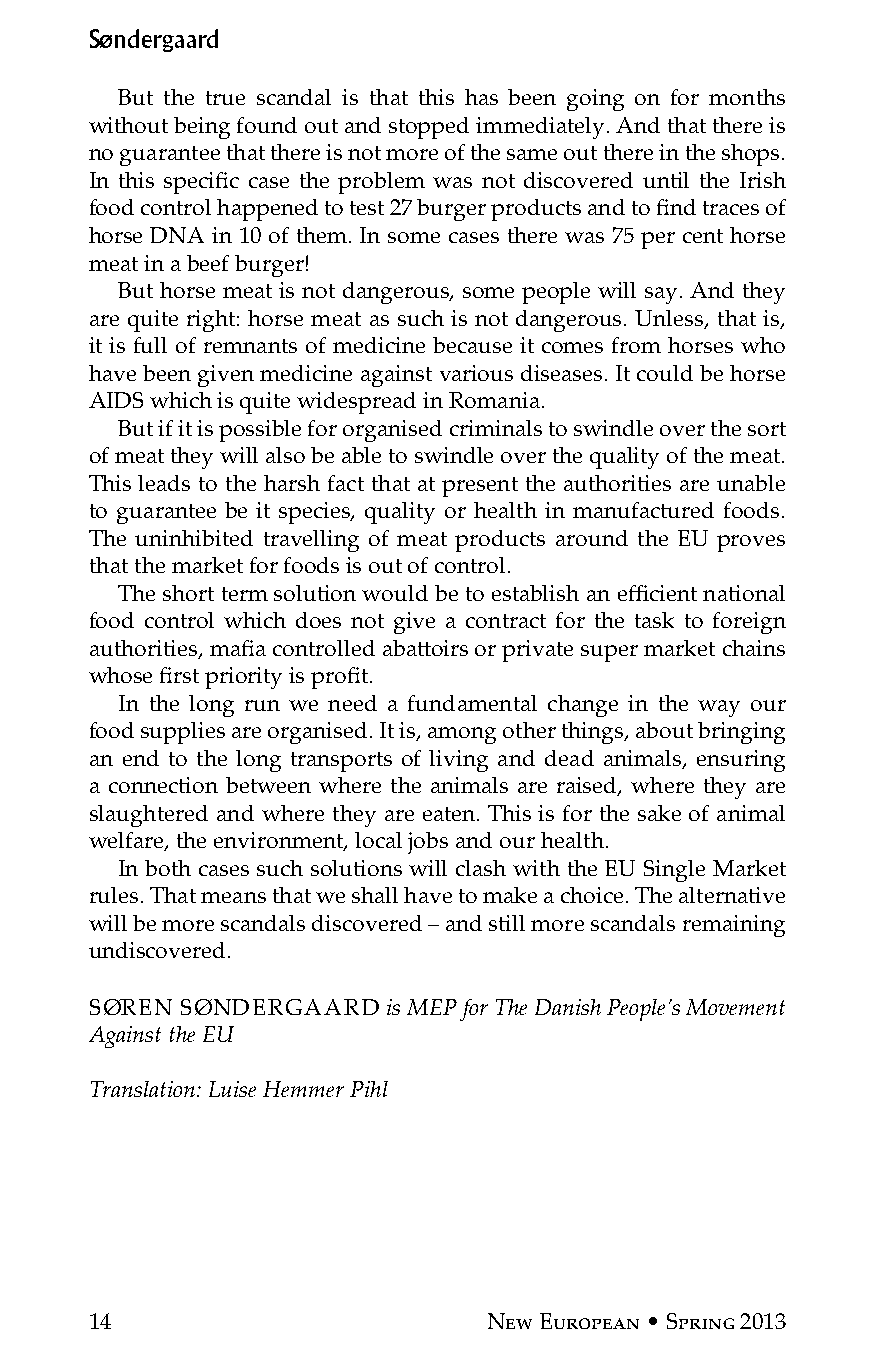
Søndergaard
 But the true scandal is that this has been going on for months
 without being found out and stopped immediately. And that there is
 no guarantee that there is not more of the same out there in the shops.
 In this specific case the problem was not discovered until the Irish
 food control happened to test 27 burger products and to find traces of
 horse DNA in 10 of them. In some cases there was 75 per cent horse
 meat in a beef burger!
 But horse meat is not dangerous, some people will say. And they
 are quite right: horse meat as such is not dangerous. Unless, that is,
 it is full of remnants of medicine because it comes from horses who
 have been given medicine against various diseases. It could be horse
 AIDS which is quite widespread in Romania.
 But if it is possible for organised criminals to swindle over the sort
 of meat they will also be able to swindle over the quality of the meat.
 This leads to the harsh fact that at present the authorities are unable
 to guarantee be it species, quality or health in manufactured foods.
 The uninhibited travelling of meat products around the EU proves
 that the market for foods is out of control.
 The short term solution would be to establish an efficient national
 food control which does not give a contract for the task to foreign
 authorities, mafia controlled abattoirs or private super market chains
 whose first priority is profit.
 In the long run we need a fundamental change in the way our
 food supplies are organised. It is, among other things, about bringing
 an end to the long transports of living and dead animals, ensuring
 a connection between where the animals are raised, where they are
 slaughtered and where they are eaten. This is for the sake of animal
 welfare, the environment, local jobs and our health.
 In both cases such solutions will clash with the EU Single Market
 rules. That means that we shall have to make a choice. The alternative
 will be more scandals discovered – and still more scandals remaining
 undiscovered.
 SøREN SøNDERGAARD   is MEP for The Danish People’s Movement
 Against the EU
 Translation: Luise Hemmer Pihl
 14                        New European • Spring 2013